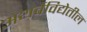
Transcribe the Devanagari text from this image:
अथर्वविद्येतील